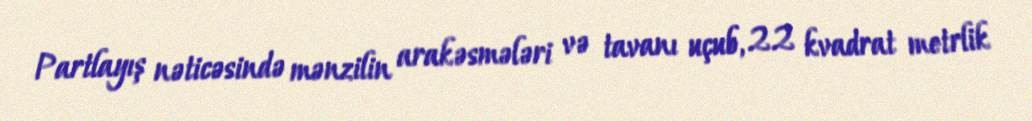
Partlayış nəticəsində mənzilin arakəsmələri və tavanı uçub, 22 kvadrat metrlik